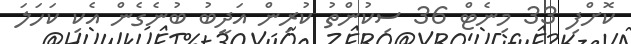
ކޮށްފި 33 މިނެޓް 36 ސިކުންތު ކުރިން އަދީބު ބުނެގެން އެކި ކަހަލަ